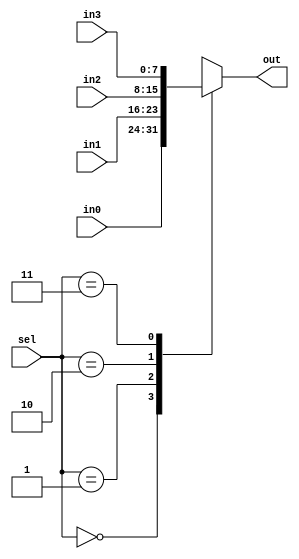
`timescale 1ns / 1ps
//////////////////////////////////////////////////////////////////////////////////
// Company: 
// Engineer: 
// 
// Design Name: 
// Module Name: mu0D
// Project Name: 
// Target Devices: 
// Tool Versions: 
// Description: 
// 
// Dependencies: 
// 
// Revision:
// Revision 0.01 - File Created
// Additional Comments:
// 
//////////////////////////////////////////////////////////////////////////////////


module muxD(
    input [7:0] in0,
    input [7:0] in1,
    input [7:0] in2,
    input [7:0] in3,
    input [1:0] sel,
    output reg [7:0] out
    );
     always @ (in0 or in1 or in2 or sel) begin
      case (sel)
         2'b00 : out <= in0;
         2'b01 : out <= in1;
         2'b10 : out <= in2;
         2'b11 : out <= in3;

      endcase
   end

    
endmodule